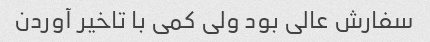
سفارش عالی بود ولی کمی با تاخیر آوردن